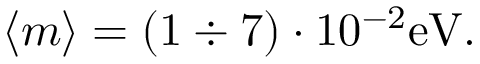
\langle m \rangle = ( 1 \div 7 ) \cdot 1 0 ^ { - 2 } \mathrm { e V } .